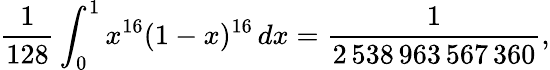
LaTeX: {\frac{1}{128}}\int_{0}^{1}x^{16}(1-x)^{16}\, dx={\frac{1}{2\, 538\, 963\, 567\, 360}},